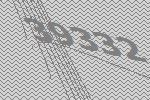
39332